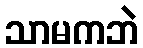
သာမကဘဲ